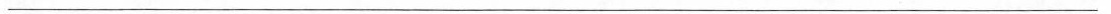
___